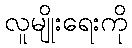
လူမျိုးရေးကို